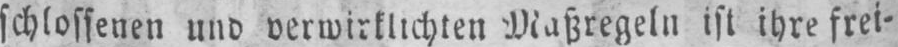
schlossenen und verwirklichten Maßregeln ist ihre frei⸗